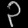
Digit: ၃